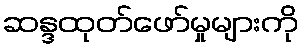
ဆန္ဒထုတ်ဖော်မှုများကို